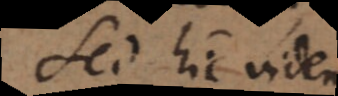
Sed hic videndum